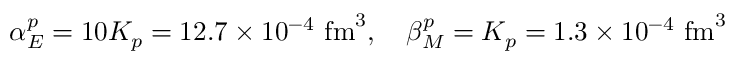
\alpha _ { E } ^ { p } = 1 0 K _ { p } = 1 2 . 7 \times 1 0 ^ { - 4 } \, \, \mathrm { f m } ^ { 3 } , \quad \beta _ { M } ^ { p } = K _ { p } = 1 . 3 \times 1 0 ^ { - 4 } \, \, \mathrm { f m } ^ { 3 }